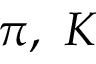
\pi , ~ K